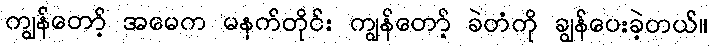
ကျွန်တော့် အမေက မနက်တိုင်း ကျွန်တော့် ခဲတံကို ချွန်ပေးခဲ့တယ်။